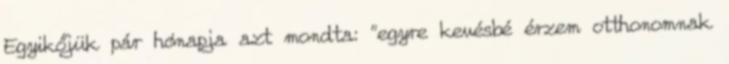
Egyikőjük pár hónapja azt mondta: “egyre kevésbé érzem otthonomnak